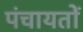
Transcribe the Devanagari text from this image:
पंचायताें